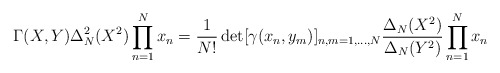
\begin{align*}\Gamma(X,Y)\Delta_N^2(X^2)\prod_{n=1}^N x_n = \frac{1}{N!} \det[\gamma(x_n,y_m)]_{n,m=1,\ldots,N} \frac{\Delta_N(X^2)}{\Delta_N(Y^2)}\prod_{n=1}^N x_n\end{align*}